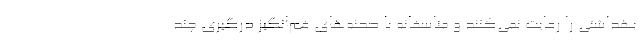
بهداشتی را رعایت نمی‌کنند و متاسفانه با صحنه‌های غم‌انگیز درگیری چند